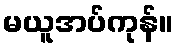
မယူအပ်ကုန်။